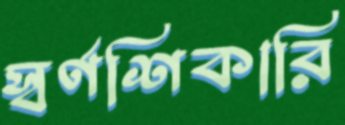
স্বর্ণশিকারি